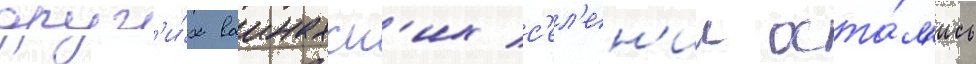
друг'и́х ваинахск'их с'ел'ен'ии оста́л'ись